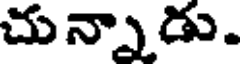
చున్నాడు.